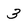
Character: 3